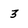
Character: 3